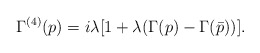
\begin{align*}\Gamma^{(4)}(p)=i\lambda[1+\lambda(\Gamma(p)-\Gamma(\bar p))].\end{align*}